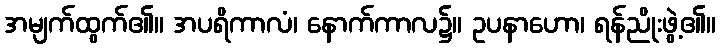
အမျက်ထွက်၏။ အပရိကာလံ၊ နောက်ကာလ၌။ ဥပနာဟော၊ ရန်ညိုးဖွဲ့၏။